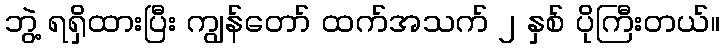
ဘွဲ့ ရရှိထားပြီး ကျွန်တော် ထက်အသက် ၂ နှစ် ပိုကြီးတယ်။